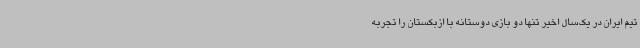
تیم ایران در یک‌سال اخیر تنها دو بازی دوستانه با ازبکستان را تجربه